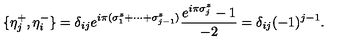
\{ \eta _ { j } ^ { + } , \eta _ { i } ^ { - } \} = \delta _ { i j } e ^ { i \pi ( \sigma _ { 1 } ^ { z } + \cdots + \sigma _ { j - 1 } ^ { z } ) } \frac { e ^ { i \pi \sigma _ { j } ^ { z } } - 1 } { - 2 } = \delta _ { i j } ( - 1 ) ^ { j - 1 } .